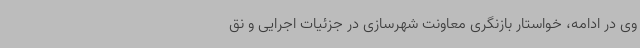
وی در ادامه، خواستار بازنگری معاونت شهرسازی در جزئیات اجرایی و نق